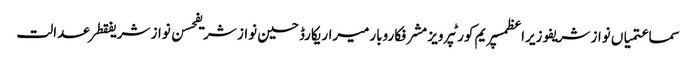
سماعتمیاں نواز شریفوزیراعظمسپریم کورٹپرویز مشرفکاروبارمیراریکارڈحسین نواز شریفحسن نواز شریفقطرعدالت